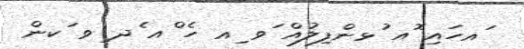
ައހައި ޮއ ުޅންފިލުއް ަވ ިއ ހެ ްއ ެދ ިވ ަކން